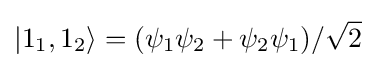
|1_{1},1_{2}\rangle =(\psi _{1}\psi _{2}+\psi _{2}\psi _{1})/{\sqrt {2}}